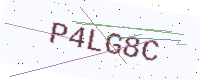
Text: P4LG8C